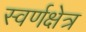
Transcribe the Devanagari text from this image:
स्वर्णक्षेत्र